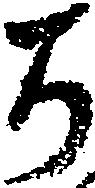
ち